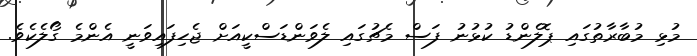
މުޅި މުބާރާތުގައި ޕޮލެންޑު ކުޅުނު ފަސް މެޗުގައި ލެވަންޑަސްކީއަށް ޖެހިފައިވަނީ އެންމެ ގޯލެކެވެ.